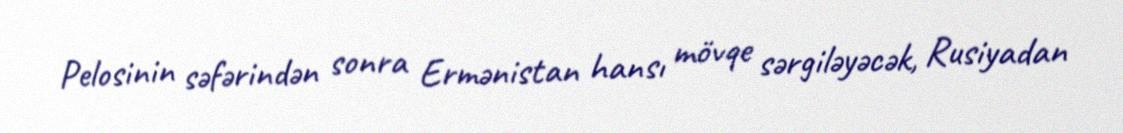
Pelosinin səfərindən sonra Ermənistan hansı mövqe sərgiləyəcək, Rusiyadan